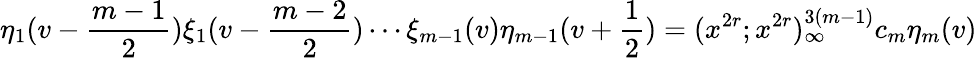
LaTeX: \eta_{1}(v-\frac{m-1}{2})\xi_{1}(v-\frac{m-2}{2})\cdots\xi_{m-1}(v)\eta_{m-1}(v+\frac{1}{2})=(x^{2r};x^{2r})_{\infty}^{3(m-1)}c_{m}\eta_{m}(v)